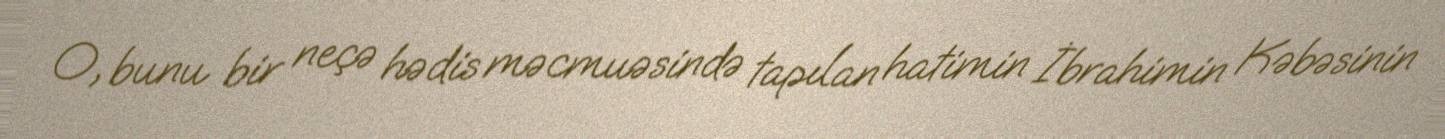
O, bunu bir neçə hədis məcmuəsində tapılan hatimin İbrahimin Kəbəsinin